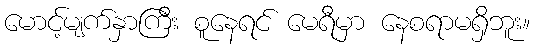
မောင့်မျက်နှာကြီး စူနေရင် မေရီမှာ နေစရာမရှိဘူး။